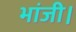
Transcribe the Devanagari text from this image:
भांजी।